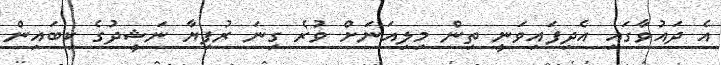
އެ ދައުވާގައި އެދިފައިވަނީ ތިން މިލިއަނަށް ވުރެ ގިނަ ރުފިޔާ ނަޝީދުގެ ކިބައިން